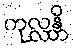
ကုလ္လန္တိ